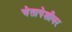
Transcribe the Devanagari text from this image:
चेतापेशीवर